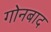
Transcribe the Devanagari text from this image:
गोनबाद